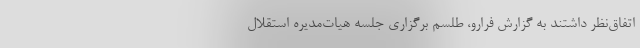
اتفاق‌نظر داشتند به گزارش فرارو، طلسم برگزاری جلسه هیات‌مدیره استقلال